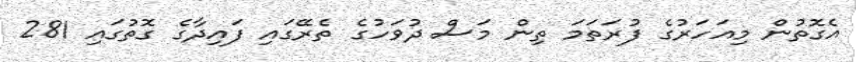
އެގޮތުން މިއަހަރުގެ ފުރަތަމަ ތިން މަސް ދުވަހުގެ ތެރޭގައި ފައިދާގެ ގޮތުގައި 281